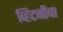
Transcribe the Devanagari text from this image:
व्हिटनीचा